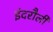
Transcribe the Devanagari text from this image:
इंदरौली